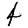
Digit: 4